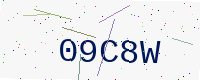
Text: 09C8W